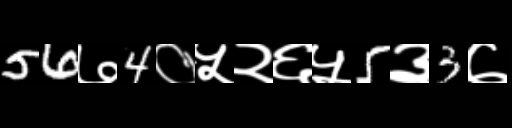
Text: 56७4०५२६५5३3७